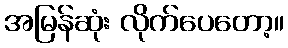
အမြန်ဆုံး လိုက်ပေတော့။